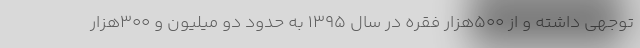
توجهی داشته و از 500هزار فقره در سال 1395 به حدود دو میلیون و 300هزار